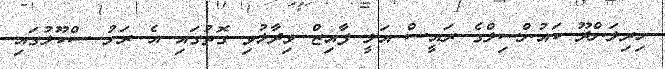
ހިރިލަންދޫ ކައުންސިލްގެ ރައީސް އަލީ ފާއިޒް ވިދާޅުވި ގޮތުގައި އެ ރަށު ސްކޫލުގައި